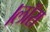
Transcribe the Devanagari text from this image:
।लाॅरा